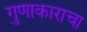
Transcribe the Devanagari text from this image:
गुणाकाराचा